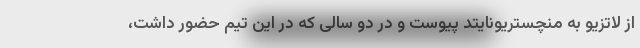
از لاتزیو به منچستریونایتد پیوست و در دو سالی که در این تیم حضور داشت،